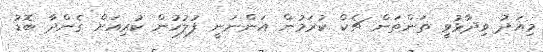
މިއަދު ވިދާޅުވީ ތަންތަން ޗެކް ކުރަމުން އަންނަނީ ފުލުހުން ކުރިއަށް ގެންދާ ބޮޑު